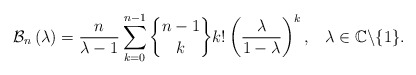
\begin{align*}\mathcal{B}_{n}\left( \lambda\right) =\frac{n}{\lambda-1}\sum_{k=0}^{n-1}\genfrac{\{}{\}}{0pt}{}{n-1}{k}k!\left( \frac{\lambda}{1-\lambda}\right) ^{k},\,\ \ \lambda\in\mathbb{C}\backslash\{1\}.\end{align*}